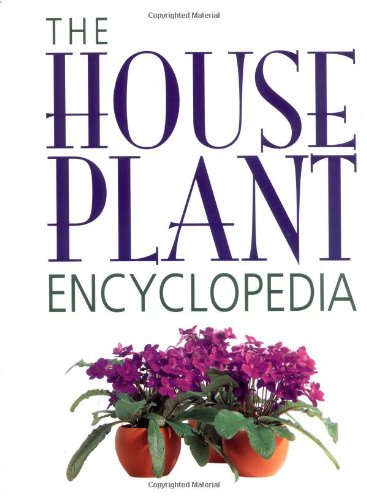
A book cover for The Houseplant Encyclopedia; Ingrid Jantra; Crafts, Hobbies & Home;